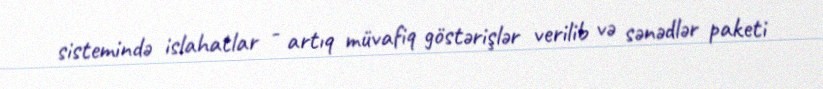
sistemində islahatlar - artıq müvafiq göstərişlər verilib və sənədlər paketi